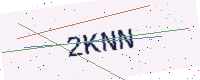
Text: 2KNN